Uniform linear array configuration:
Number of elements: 48
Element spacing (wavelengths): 0.25
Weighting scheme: binomial
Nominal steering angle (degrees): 0
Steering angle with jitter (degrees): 1.439
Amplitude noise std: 0.05
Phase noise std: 0.05

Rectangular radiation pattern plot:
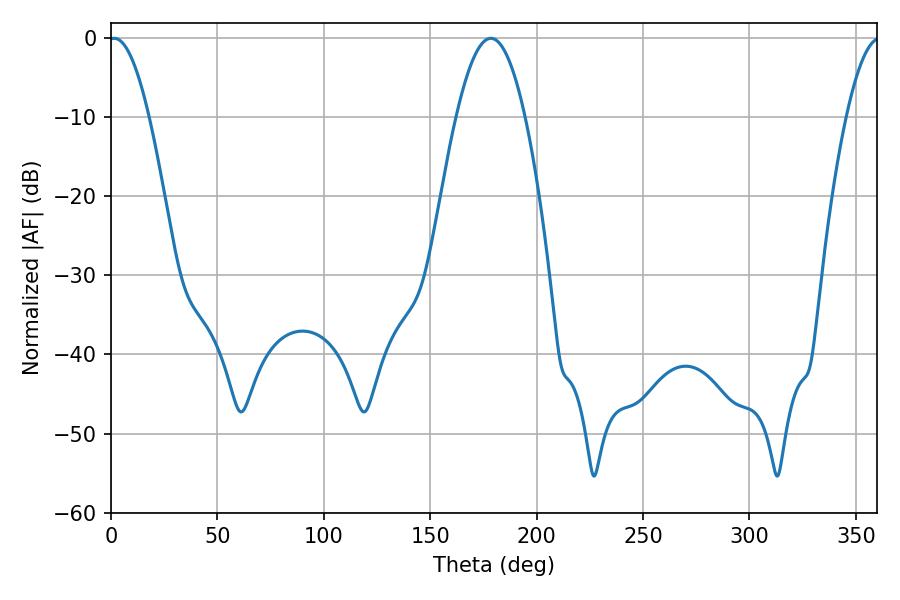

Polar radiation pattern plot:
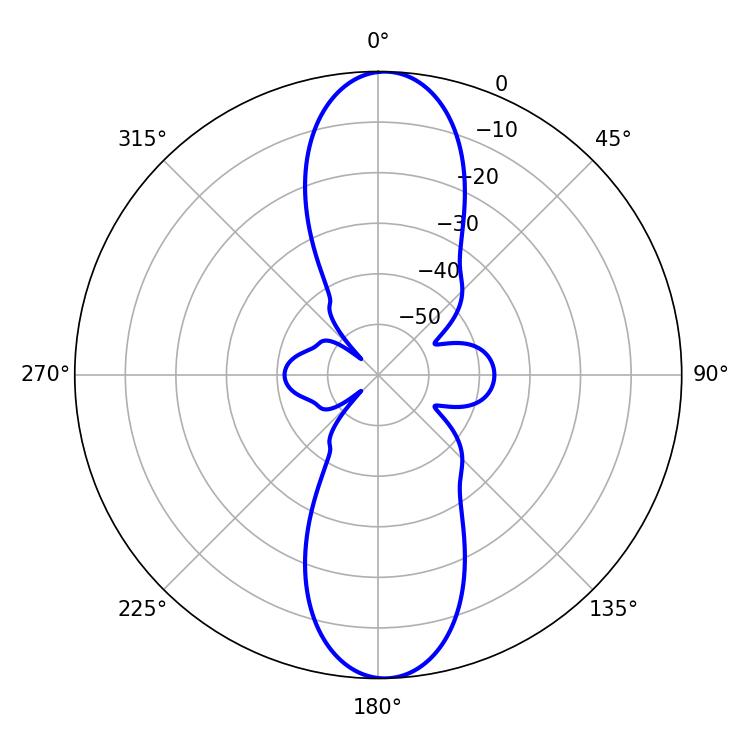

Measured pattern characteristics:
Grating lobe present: FALSE
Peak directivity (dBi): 20.238
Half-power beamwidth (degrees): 10.26
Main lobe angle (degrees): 1.44